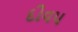
દીવ૫